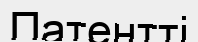
Патентті